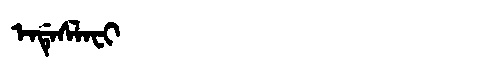
Manchu: ᡝᠨᡩᡝᠰᠯᠠᠸᡳ
Romanization: ENDESLAFI